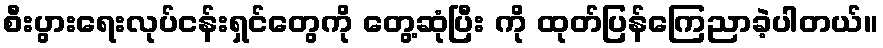
စီးပွားရေးလုပ်ငန်းရှင်တွေကို တွေ့ဆုံပြီး ကို ထုတ်ပြန်ကြေညာခဲ့ပါတယ်။